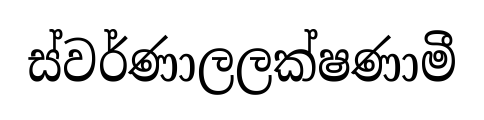
ස්වර්ණාලලක්ෂණාමී